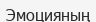
Эмоцияның